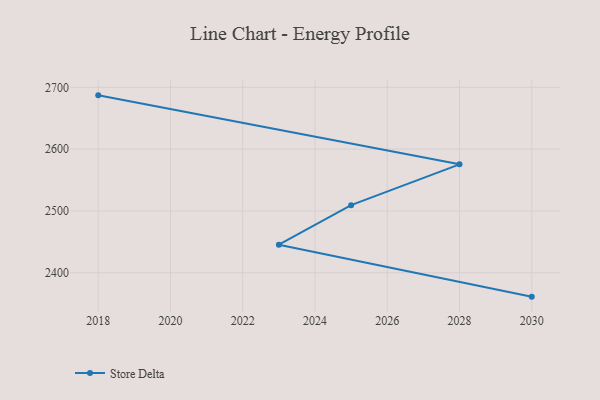
{"axis": {"x": "Year", "y": "Population (Million)"}, "legend": ["Store Delta"], "data": [{"x": "2018", "y": 2687.0, "type": "Store Delta"}, {"x": "2028", "y": 2575.4, "type": "Store Delta"}, {"x": "2025", "y": 2509.4, "type": "Store Delta"}, {"x": "2023", "y": 2445.5, "type": "Store Delta"}, {"x": "2030", "y": 2361.4, "type": "Store Delta"}]}